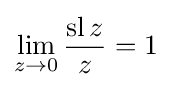
\lim _{z\to 0}{\frac {\operatorname {sl} z}{z}}=1